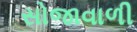
સોજાવાળી